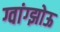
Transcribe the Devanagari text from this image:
ग्वांग्झोऊ